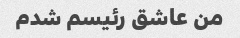
من عاشق رئیسم شدم